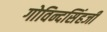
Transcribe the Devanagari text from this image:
गोविन्दसिंहजी